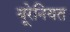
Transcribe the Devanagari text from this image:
यूरेनियत